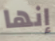
إنها